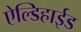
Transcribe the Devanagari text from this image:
ऐल्डिहाईड